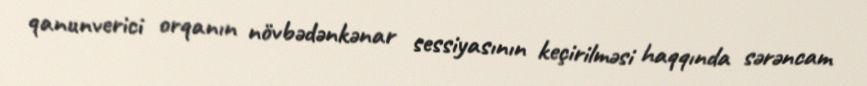
qanunverici orqanın növbədənkənar sessiyasının keçirilməsi haqqında sərəncam